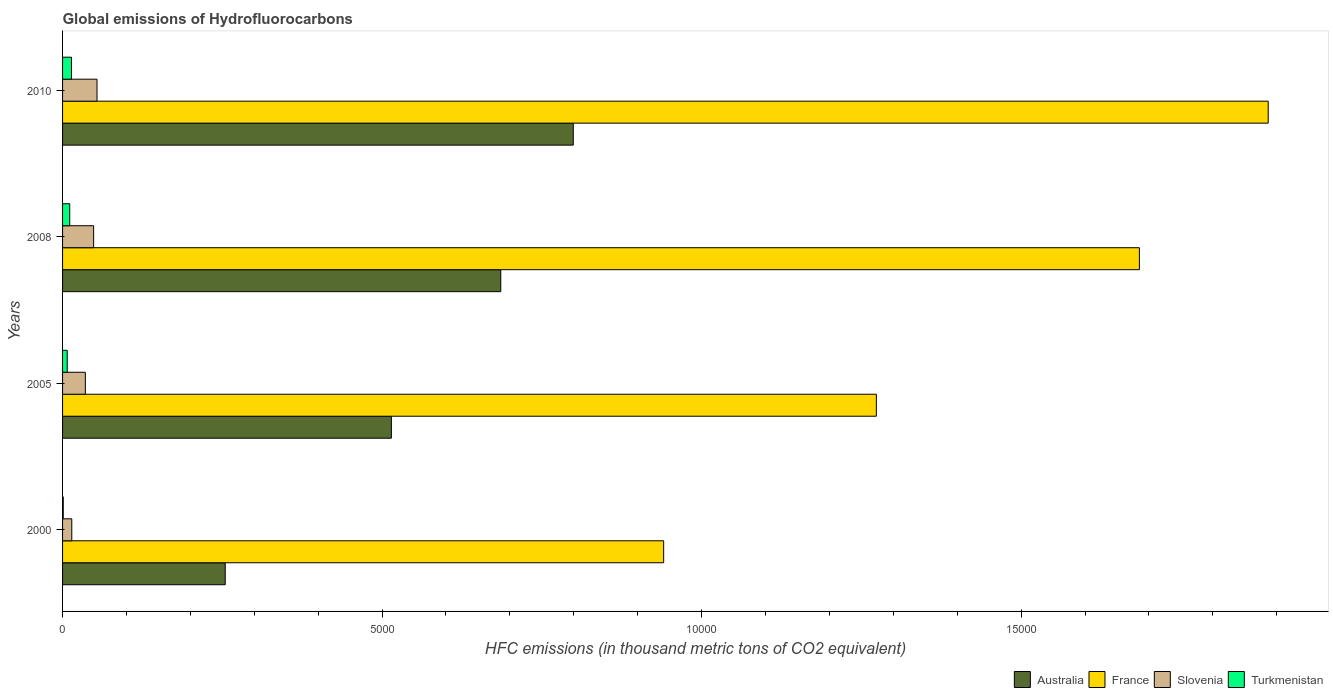
| Years | Australia | France | Slovenia | Turkmenistan |
 | --- | --- | --- | --- | --- |
 | 2000 | 2.55e+03 | 9.41e+03 | 144 | 10.9 |
 | 2005 | 5.15e+03 | 1.27e+04 | 356 | 72.9 |
 | 2008 | 6.86e+03 | 1.69e+04 | 486 | 112 |
 | 2010 | 7.99e+03 | 1.89e+04 | 539 | 139 |